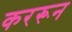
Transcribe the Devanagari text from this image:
कररून